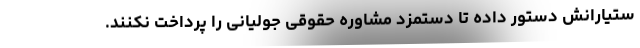
ستیارانش دستور داده تا دستمزد مشاوره حقوقی جولیانی را پرداخت نکنند.